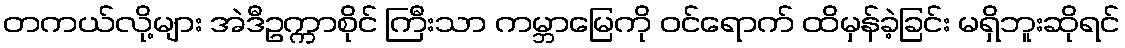
တကယ်လို့များ အဲဒီဥက္ကာစိုင် ကြီးသာ ကမ္ဘာမြေကို ဝင်ရောက် ထိမှန်ခဲ့ခြင်း မရှိဘူးဆိုရင်